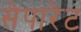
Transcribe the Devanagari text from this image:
सेपारेट